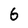
Character: 6